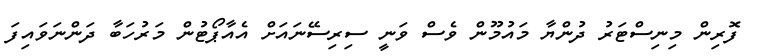
ފޮރިން މިނިސްޓަރު ދުންޔާ މައުމޫން ވެސް ވަނީ ސިރިސޭނައަށް އެއާޕޯޓުން މަރުހަބާ ދަންނަވައިފަ